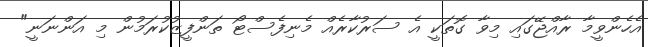
އެހެންވީމާ ރާއްޖޭގައި މިވާ ގޮތަކީ އެ ސަރުކާރެއް މެނިފެސްޓޯ ތަންފީޒުކުރަމުން މި އަންނަނީ"